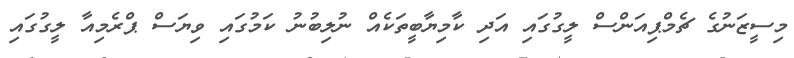
މިސީޒަނުގެ ޗެމްޕިއަންސް ލީގުގައި އަދި ކާމިޔާބީތަކެއް ނުލިބުނު ކަމުގައި ވިޔަސް ޕްރެމިއާ ލީގުގައި